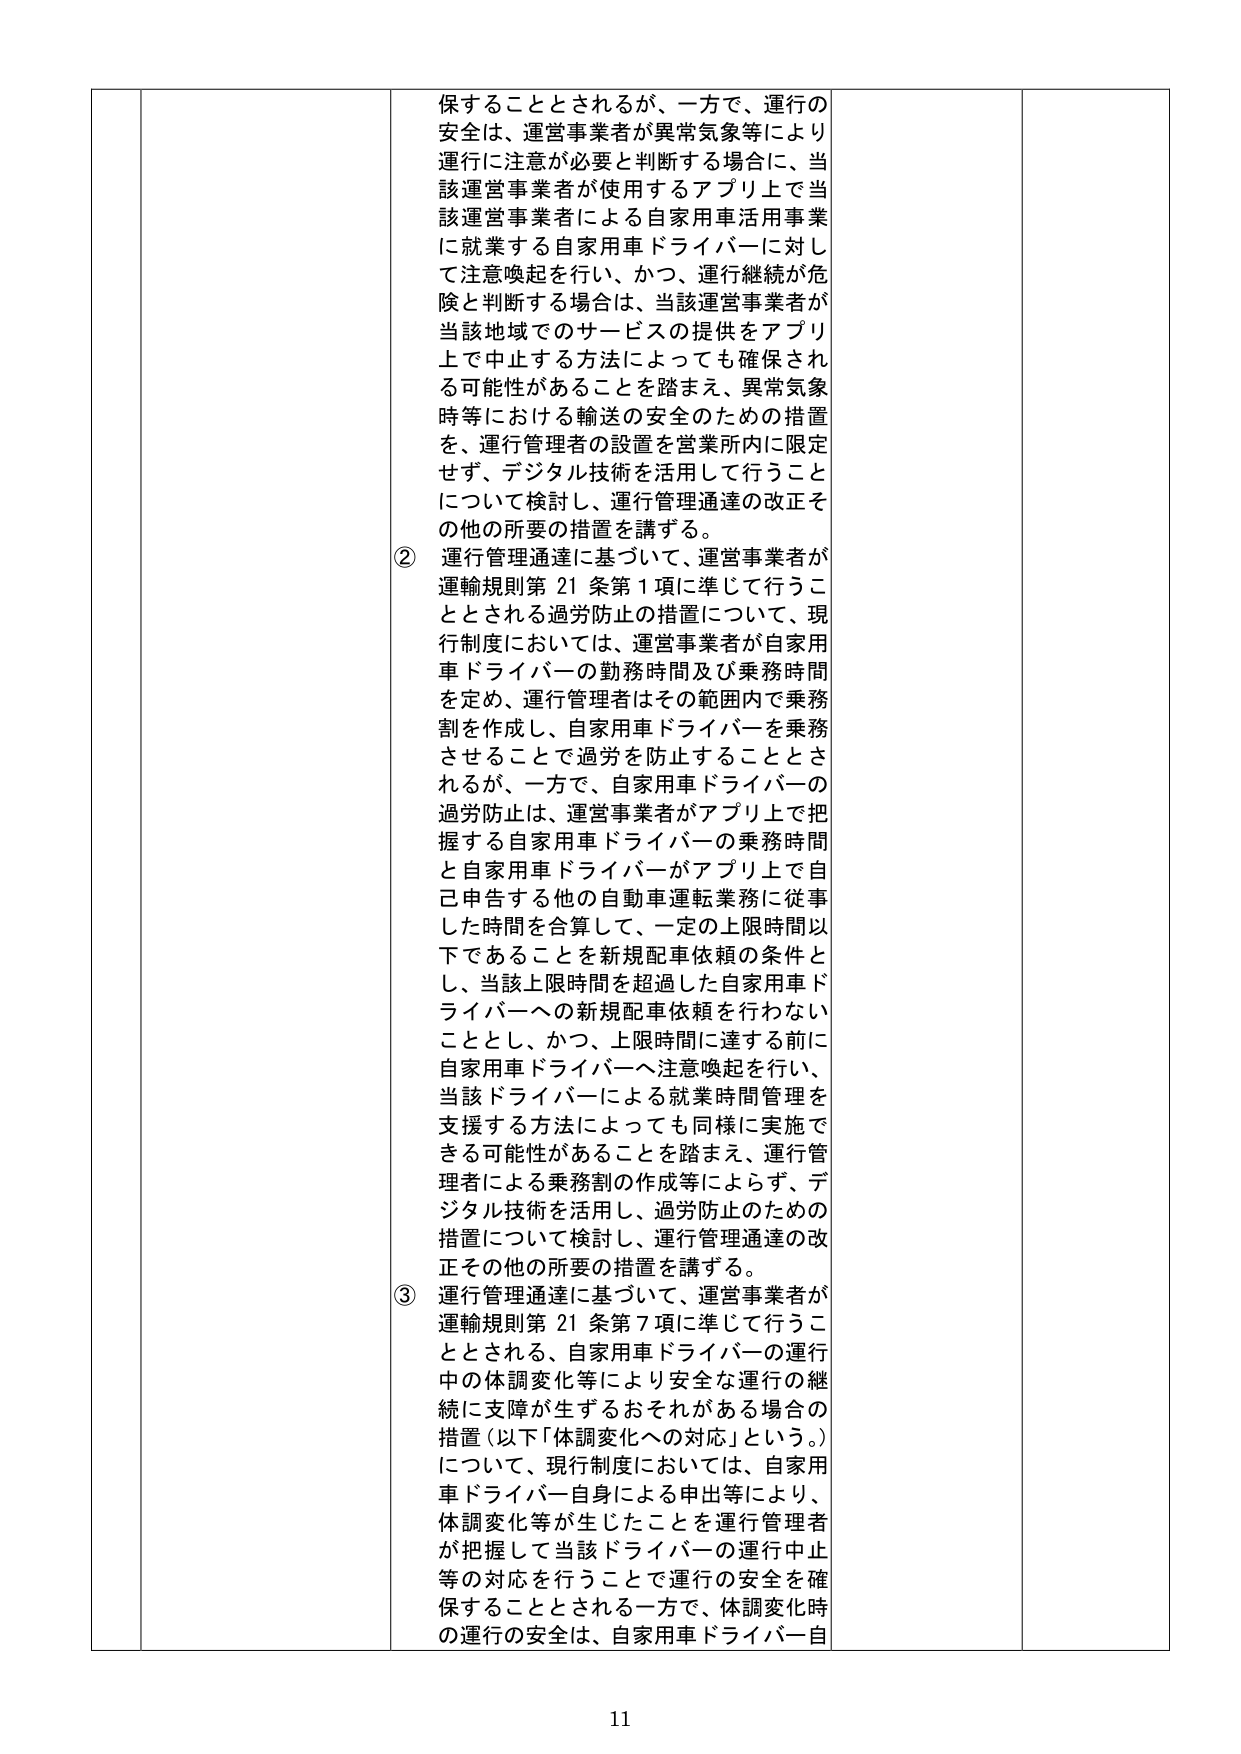
保することとされるが、一方で、運行の
安全は、運営事業者が異常気象等により
運行に注意が必要と判断する場合に、当
該運営事業者が使用するアプリ上で当
該運営事業者による自家用車活用事業
に就業する自家用車ドライバーに対し
て注意喚起を行い、かつ、運行継続が危
険と判断する場合は、当該運営事業者が
当該地域でのサービスの提供をアプリ
上で中止する方法によっても確保され
る可能性があることを踏まえ、異常気象
時等における輸送の安全のための措置
と、運行管理者の設置を営業所内に限定
せず、デジタル技術を活用して行うこと
について検討し、運行管理通達の改正そ
の他の所要の措置を講ずる。
② 運行管理通達に基づいて、運営事業者が
運輸規則第21条第1項に準じて行うこ
ととされる過労防止の措置について、現
行制度においては、運営事業者が自家用
車ドライバーの勤務時間及び乗務時間
を定め、運行管理者はその範囲内で乗務
割を作成し、自家用車ドライバーを乗務
させることで過労を防止することとさ
れるが、一方で、自家用車ドライバーの
過労防止は、運営事業者がアプリ上で把
握する自家用車ドライバーの乗務時間
と自家用車ドライバーがアプリ上で自
己申告する他の自動車運転業務に従事
した時間を合算して、一定の上限時間以
下であることを新規配車依頼の条件と
し、当該上限時間を超過した自家用車ド
ライバーへの新規配車依頼を行わない
こととし、かつ、上限時間に達する前に
自家用車ドライバーへ注意喚起を行い、
当該ドライバーによる就業時間管理を
支援する方法によっても同様に実施で
きる可能性があることを踏まえ、運行管
理者による乗務割の作成等によらず、デ
ジタル技術を活用し、過労防止のための
措置について検討し、運行管理通達の改
正その他の所要の措置を講ずる。
③ 運行管理通達に基づいて、運営事業者が
運輸規則第21条第7項に準じて行うこ
ととされる、自家用車ドライバーの運行
中の体調変化等により安全な運行の継
続に支障が生ずるおそれがある場合の
措置（以下「体調変化への対応」という。）
について、現行制度においては、自家用
車ドライバー自身による申出等により、
体調変化等が生じたことを運行管理者
が把握して当該ドライバーの運行中止
等の対応を行うことで運行の安全を確
保することとされる一方で、体調変化時
の運行の安全は、自家用車ドライバー自

11